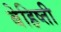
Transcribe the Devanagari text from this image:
बेहिष्ती